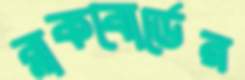
ব্লাকবোর্ডের